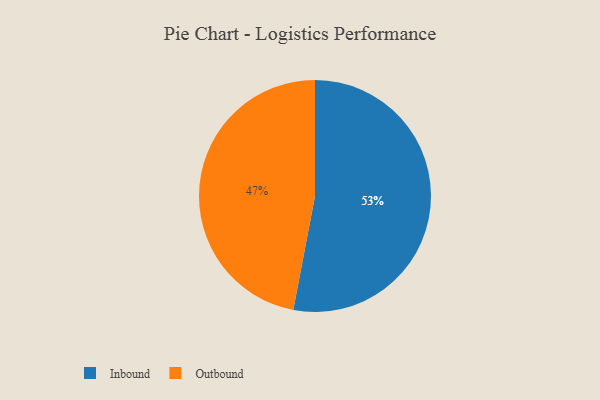
{"axis": {"x": "Category", "y": "Percentage"}, "legend": ["Inbound", "Outbound"], "data": [{"x": "Inbound", "y": 53, "type": "Inbound"}, {"x": "Outbound", "y": 47, "type": "Outbound"}]}